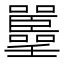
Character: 𡅚